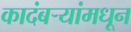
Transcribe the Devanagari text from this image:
कादंबऱ्यांमधून